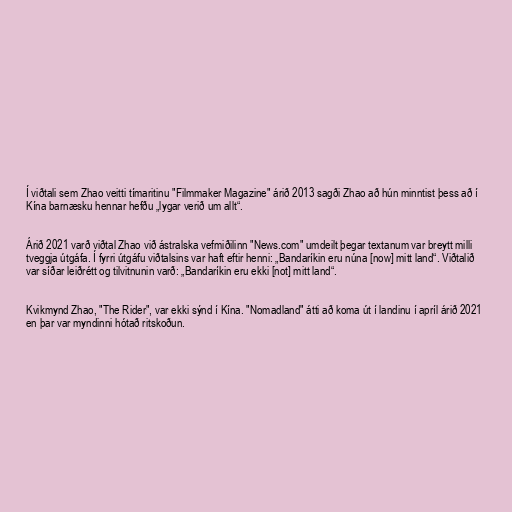
Í viðtali sem Zhao veitti tímaritinu "Filmmaker Magazine" árið 2013 sagði Zhao að hún minntist þess að í
Kína barnæsku hennar hefðu „lygar verið um allt“.

Árið 2021 varð viðtal Zhao við ástralska vefmiðilinn "News.com" umdeilt þegar textanum var breytt milli
tveggja útgáfa. Í fyrri útgáfu viðtalsins var haft eftir henni: „Bandaríkin eru núna [now] mitt land“. Viðtalið
var síðar leiðrétt og tilvitnunin varð: „Bandaríkin eru ekki [not] mitt land“.

Kvikmynd Zhao, "The Rider", var ekki sýnd í Kína. "Nomadland" átti að koma út í landinu í apríl árið 2021
en þar var myndinni hótað ritskoðun.